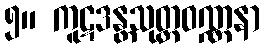
၅။ ကူဋဒန္တသုတ္တဝဏ္ဏနာ